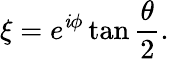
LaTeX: \xi=e^{\mathit{i}\phi}\tan{\frac{{\theta}}{{2}}}.